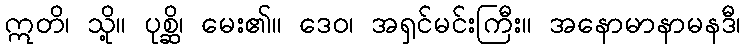
ဣတိ၊ သို့။ ပုစ္ဆိ၊ မေး၏။ ဒေဝ၊ အရှင်မင်းကြီး။ အနောမာနာမနဒီ၊